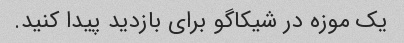
یک موزه در شیکاگو برای بازدید پیدا کنید.